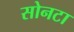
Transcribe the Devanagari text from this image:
सोनटा